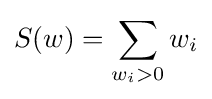
S(w)=\sum _{w_{i}>0}w_{i}